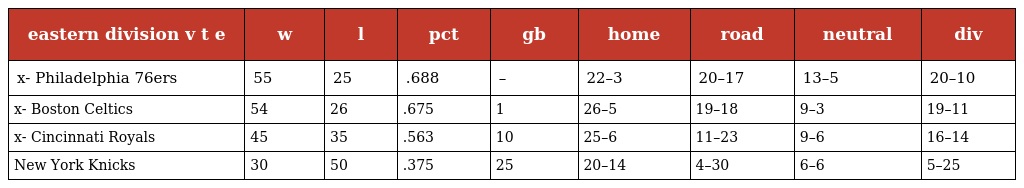
| eastern division v t e | w | l | pct | gb | home | road | neutral | div |
 | --- | --- | --- | --- | --- | --- | --- | --- | --- |
 | x- Philadelphia 76ers | 55 | 25 | .688 | – | 22–3 | 20–17 | 13–5 | 20–10 |
 | x- Boston Celtics | 54 | 26 | .675 | 1 | 26–5 | 19–18 | 9–3 | 19–11 |
 | x- Cincinnati Royals | 45 | 35 | .563 | 10 | 25–6 | 11–23 | 9–6 | 16–14 |
 | New York Knicks | 30 | 50 | .375 | 25 | 20–14 | 4–30 | 6–6 | 5–25 |